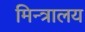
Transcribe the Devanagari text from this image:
मिन्त्रालय